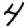
Digit: 4